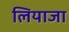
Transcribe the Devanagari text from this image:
लियाजा